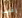
رقيب